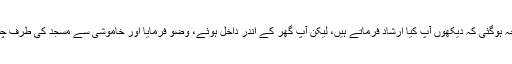
میں متوجہ ہوگئی کہ دیکھوں آپؐ کیا ارشاد فرماتے ہیں، لیکن آپؐ گھر کے اندر داخل ہوئے، وضو فرمایا اور خاموشی سے مسجد کی طرف چلے گئے۔